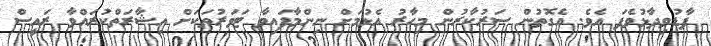
ފާޑުވިދާޅުވެފަ އެވެ. އެގޮތުން ސަރުކާރުން މިހާރު އެޅުމަށް ނިންމާފައިވާ ޓަވަރުތަކަށް އިޝާރަތްކުރައްވާ ރައީސް